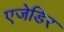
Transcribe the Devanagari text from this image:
एजेडिर